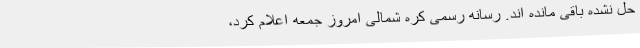
حل نشده باقی مانده اند. رسانه رسمی کره شمالی امروز جمعه اعلام کرد،